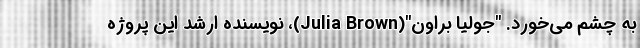
به چشم می‌خورد. "جولیا براون"(Julia Brown)، نویسنده ارشد این پروژه